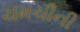
ચમચીની